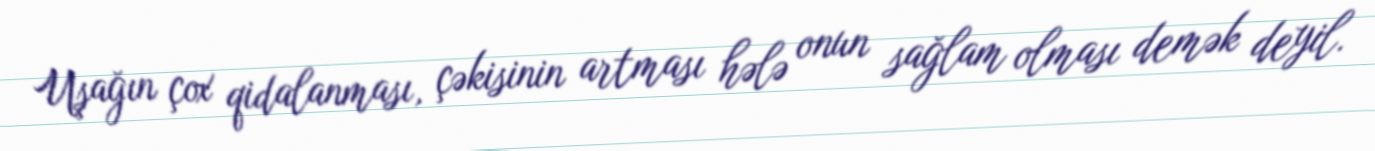
Uşağın çox qidalanması, çəkisinin artması hələ onun sağlam olması demək deyil.